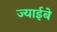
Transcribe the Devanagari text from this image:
ज्याईबे